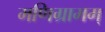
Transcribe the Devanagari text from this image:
मणिग्रामम्